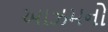
આઝમનો